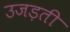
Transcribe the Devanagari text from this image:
उजड़ती